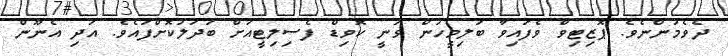
ދެވެމުންނެވެ. ޕޮޒިޓިވް ވެފައިވާ ބަލިމީހުން ވަނީ ކޮވިޑް ފެސިލިޓީއަށް ބަދަލުކޮށްފައެވެ. އަދި އެނޫން